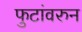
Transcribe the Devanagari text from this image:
फुटांवरुन